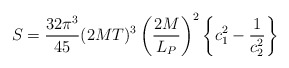
\begin{align*}S = {32\pi^3\over 45} (2MT)^3 \left({2M\over L_P}\right)^2 \left\{ c_1^2 - {1\over c_2^2} \right\} \end{align*}